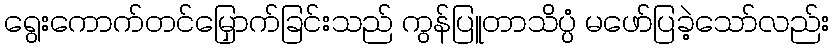
ရွေးကောက်တင်မြှောက်ခြင်းသည် ကွန်ပြူတာသိပ္ပံ မဖော်ပြခဲ့သော်လည်း